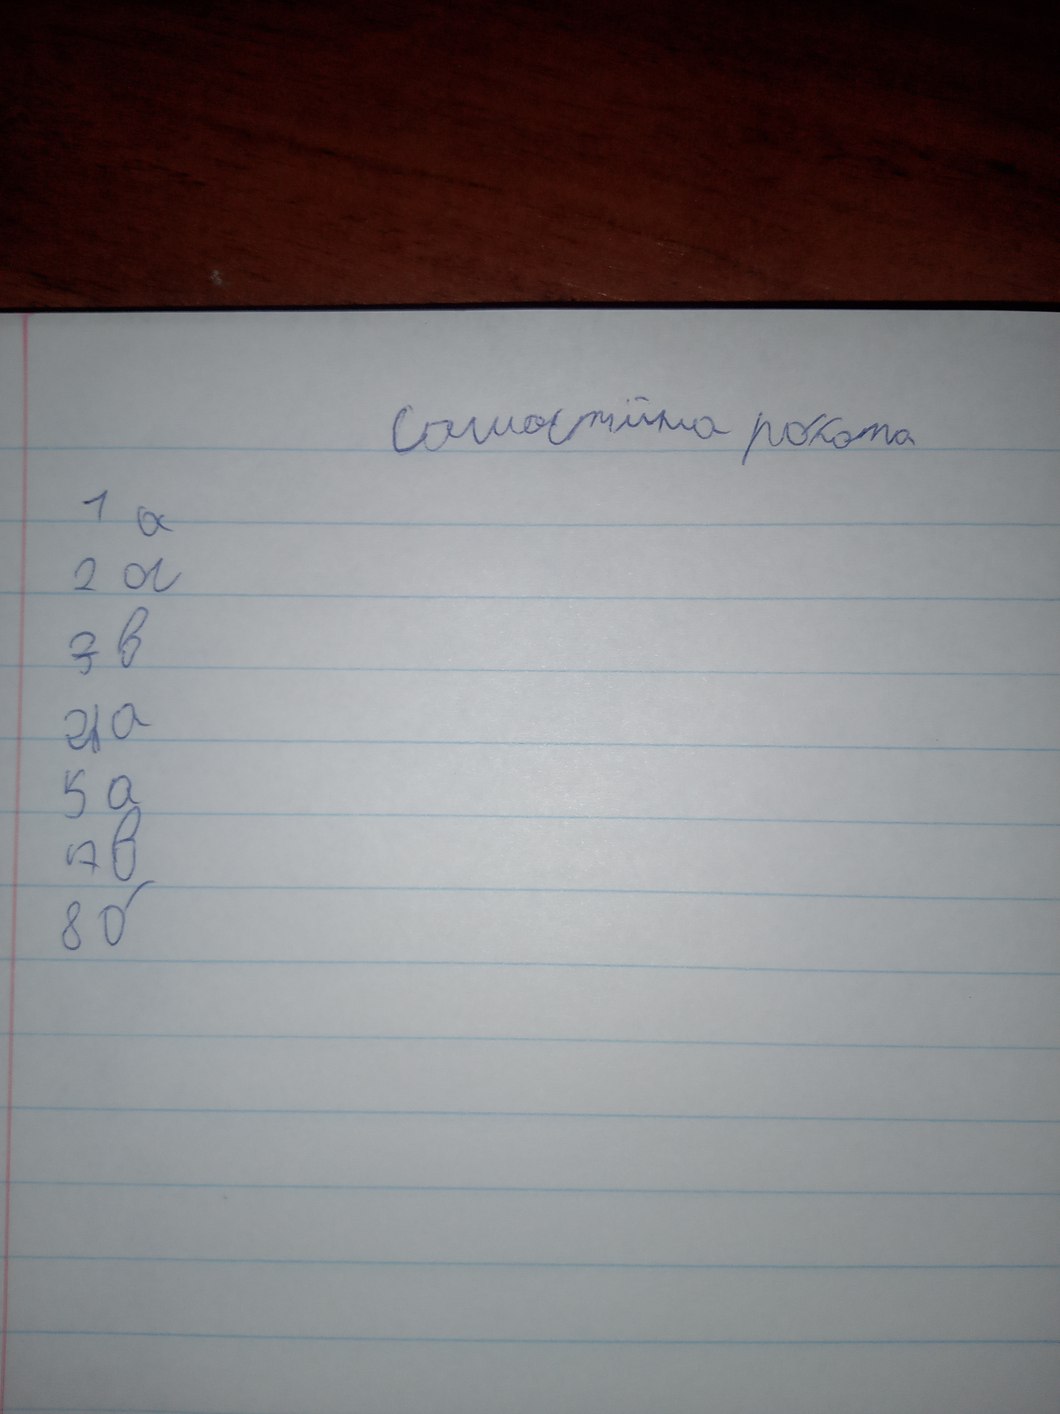
Самостійна робота
1 а
2 а
з в
4 a
5 a
7 в
8 б